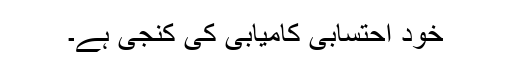
خود احتسابی کامیابی کی کنجی ہے۔